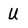
Character: U